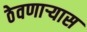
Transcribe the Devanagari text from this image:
ठेवणाऱ्यास